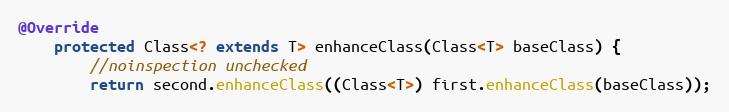
Language: Java
@Override
    protected Class<? extends T> enhanceClass(Class<T> baseClass) {
        //noinspection unchecked
        return second.enhanceClass((Class<T>) first.enhanceClass(baseClass));